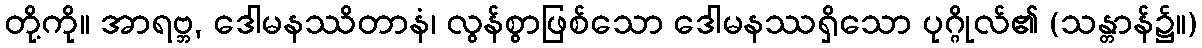
တို့ကို။ အာရဗ္ဘ, ဒေါမနဿိတာနံ၊ လွန်စွာဖြစ်သော ဒေါမနဿရှိသော ပုဂ္ဂိုလ်၏ (သန္တာန်၌။)